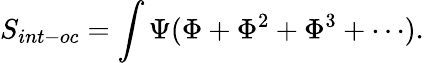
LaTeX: S_{int-oc}=\int\Psi(\Phi+\Phi^{2}+\Phi^{3}+\cdots).